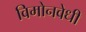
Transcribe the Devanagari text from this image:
विमोनवेधी